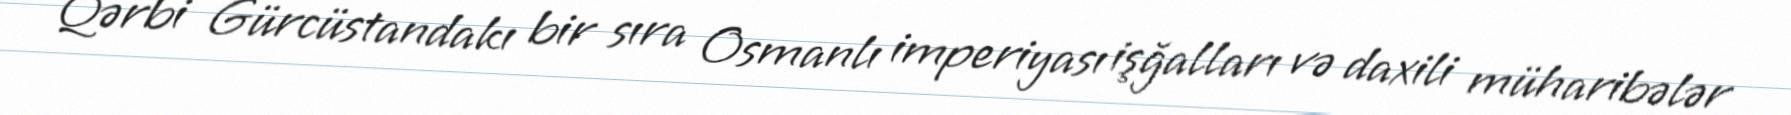
Qərbi Gürcüstandakı bir sıra Osmanlı imperiyası işğalları və daxili müharibələr